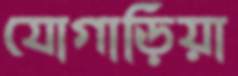
যোগাড়িয়া